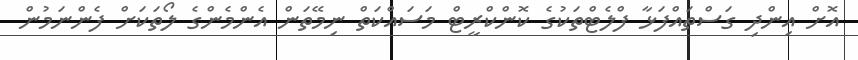
އޮށް އިންދި ގަސްތައްފަޅާ ފްލެޓްތަކުގެ ކޮންކްރީޓް މަސައްކަތް ނިމޭތަން އެންމެންގެ ލޯތަކަށް ފެންނަމުން